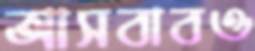
আসবাবও